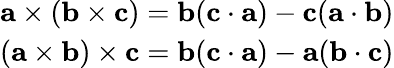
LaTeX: {\begin{array}{r}{\mathbf{a}\times(\mathbf{b}\times\mathbf{c})=\mathbf{b}(\mathbf{c}\cdot\mathbf{a})-\mathbf{c}(\mathbf{a}\cdot\mathbf{b})}\\ {(\mathbf{a}\times\mathbf{b})\times\mathbf{c}=\mathbf{b}(\mathbf{c}\cdot\mathbf{a})-\mathbf{a}(\mathbf{b}\cdot\mathbf{c})}\end{array}}